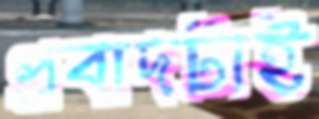
প্রবাদটাই